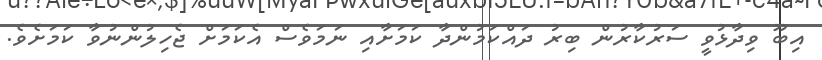
އިބޫ ވިދާޅުވީ ސަރުކާރުން ބިރު ދައްކަމުންދާ ކަމަށާއި ނަމަވެސް އެކަމަށް ޖެހިލުންނުވާ ކަމަށެވެ.